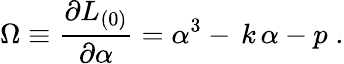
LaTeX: \Omega\equiv\frac{\partial L_{(0)}}{\partial\alpha}=\alpha^{3}-\, k\, \alpha-p\; .